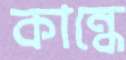
কান্ধে